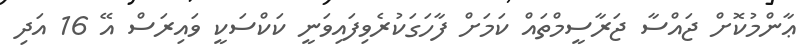
ޢާންމުކޮށް ޖައްސާ ޖަރާސީމްތައް ކަމަށް ފާހަގަކުރެވިފައިވަނީ ކަކްސަކީ ވައިރަސް އޭ 16 އަދި